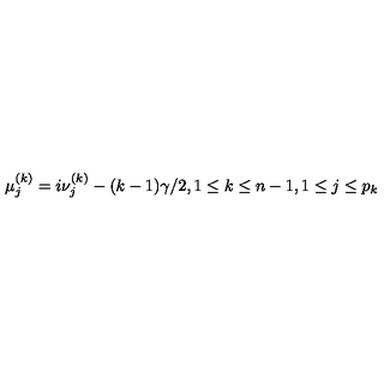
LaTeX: \mu _ { j } ^ { ( k ) } = i \nu _ { j } ^ { ( k ) } - ( k - 1 ) \gamma / 2 , 1 \leq k \leq n - 1 , 1 \leq j \leq p _ { k }